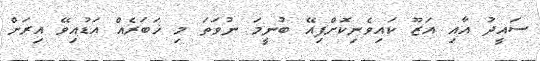
ސައީދު އާއި އަޒޫ ކައިވެނިކޮށްފިއޭ ބުނީމަ ނުވަތަ މި ޚަބަރެއް އަޑުއިވޭ އިރަށް